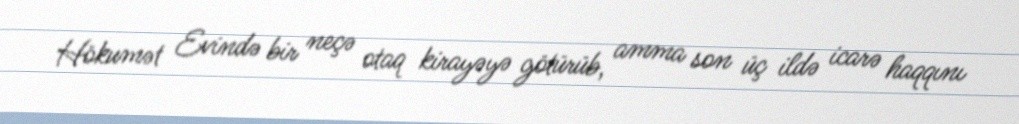
Hökumət Evində bir neçə otaq kirayəyə götürüb, amma son üç ildə icarə haqqını